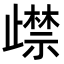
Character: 𭭵